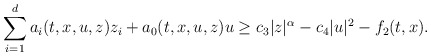
\begin{align*}\sum_{i=1}^{d} a_i(t,x,u,z) z_i + a_0(t,x,u,z)u \geq c_3 |z|^{\alpha} - c_4 |u|^2 - f_2(t,x) .\end{align*}